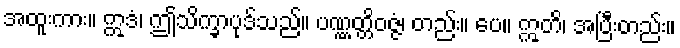
အထူးကား။ ဣဒံ၊ ဤသိက္ခာပုဒ်သည်။ ပဏ္ဏတ္တိဝဇ္ဇံ၊ တည်း။ ပေ။ ဣတိ၊ အပြီးတည်း။